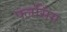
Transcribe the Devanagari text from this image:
फ्लसिंग